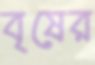
বৃষের